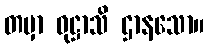
တမှာ ဝုဋ္ဌာသိ ဌာနသော။